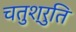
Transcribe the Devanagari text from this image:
चतुश्रुति